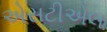
એસટીએલ